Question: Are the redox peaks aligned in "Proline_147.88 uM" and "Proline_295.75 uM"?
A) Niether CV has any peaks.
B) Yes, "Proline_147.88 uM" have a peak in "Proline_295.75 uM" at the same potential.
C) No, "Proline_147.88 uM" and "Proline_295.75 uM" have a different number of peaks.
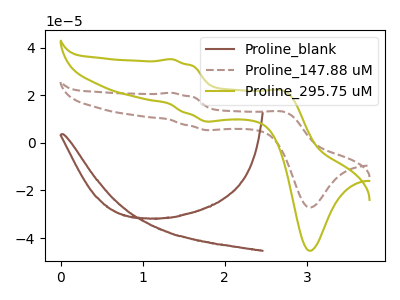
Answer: <think>The brown curve "Proline_blank" has no peaks. The brown dashed curve "Proline_147.88 uM" has anodic peaks at (1.35V, 21.10uA) (2.75V, 12.90uA) and cathodic peaks at (1.85V, 5.40uA) (3.05V, -27.15uA). The olive curve "Proline_295.75 uM" has anodic peaks at (1.35V, 35.25uA) (2.75V, 21.60uA) and cathodic peaks at (1.85V, 9.00uA) (3.05V, -45.35uA).</think>
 <answer>B) Yes, "Proline_147.88 uM" have a peak in "Proline_295.75 uM" at the same potential.</answer>
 <eval>B</eval>